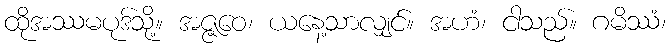
ထိုအဿမပုဒ်သို့။ အဇ္ဇဝေ၊ ယနေ့သာလျှင်။ အဟံ၊ ငါသည်။ ဂမိဿံ၊